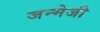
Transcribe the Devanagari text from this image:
जन्मेजी